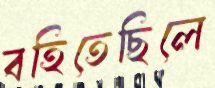
বহিতেছিলে